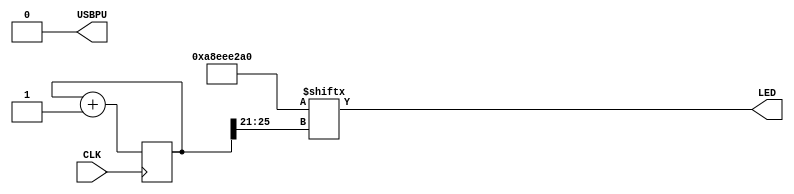
/*

Blink "SOS" in Morse code

*/

`default_nettype none

module top (
  input CLK,    // 16MHz clock for TinyFPGA-BX
  output LED,   // User/boot LED next to power LED
  output USBPU  // USB pull-up resistor
);

  // drive USB pull-up resistor to '0' to disable USB
  assign USBPU = 1'b0;

  // blink pattern
  wire [31:0] pattern = 32'b1010_1000_1110_1110_1110_0010_1010_0000;

  // 26-bit wrap-around counter
  parameter WIDTH = 26;
  reg [WIDTH-1:0] counter;

  // initialize counter to 0
  initial counter = 0;

  // increment counter on every clock
  always @(posedge CLK)
    begin
      counter <= counter + 1'b1;
    end

/*
  // derive index from counter
  wire [WIDTH-1:0] index;
  assign index = counter[WIDTH-1:WIDTH-5];

  // light LED if pattern is set at index
  assign LED = pattern[index];
*/
  // light LED if pattern is set at index derived from counter
  assign LED = pattern[counter[WIDTH-1:WIDTH-5]];

endmodule